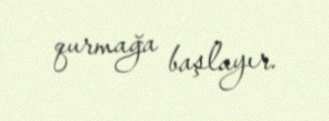
qurmağa başlayır.